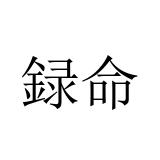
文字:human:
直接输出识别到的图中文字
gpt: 録命